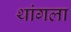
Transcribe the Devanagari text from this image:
थांगला